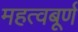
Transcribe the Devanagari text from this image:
महत्वबूर्ण